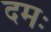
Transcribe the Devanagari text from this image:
दमः